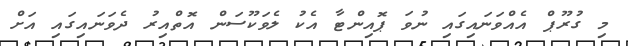
މި ގުރޫޕް އެއްވަނައިގައި ނުވަ ޕޮއިންޓާ އެކު ލެވަކޫސަން އޮތްއިރު ދެވަނައިގައި އަށް